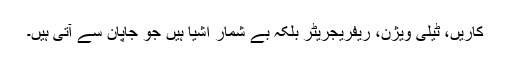
کاریں، ٹیلی ویژن، ریفریجریٹر بلکہ بے شمار اشیا ہیں جو جاپان سے آتی ہیں۔